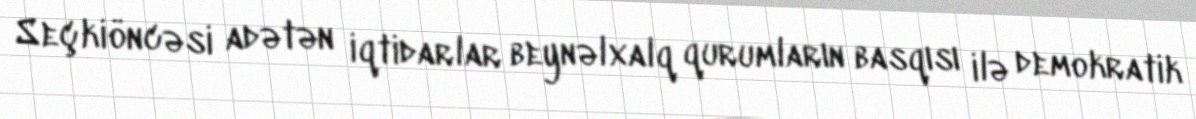
Seçkiöncəsi adətən iqtidarlar beynəlxalq qurumların basqısı ilə demokratik